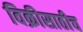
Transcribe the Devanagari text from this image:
विक्रीसाठीच